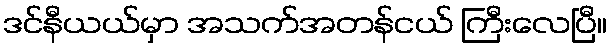
ဒင်နီယယ်မှာ အသက်အတန်ငယ် ကြီးလေပြီ။